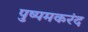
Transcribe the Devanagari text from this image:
पुष्पमकरंद